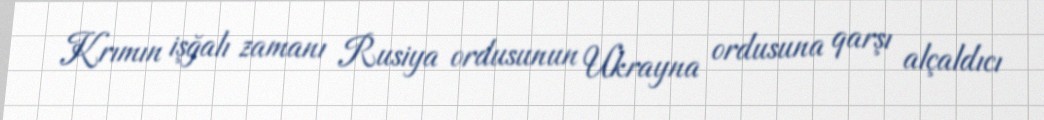
Krımın işğalı zamanı Rusiya ordusunun Ukrayna ordusuna qarşı alçaldıcı